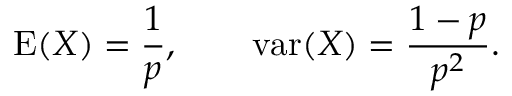
\operatorname { E } ( X ) = { \frac { 1 } { p } } , \qquad \operatorname { v a r } ( X ) = { \frac { 1 - p } { p ^ { 2 } } } .